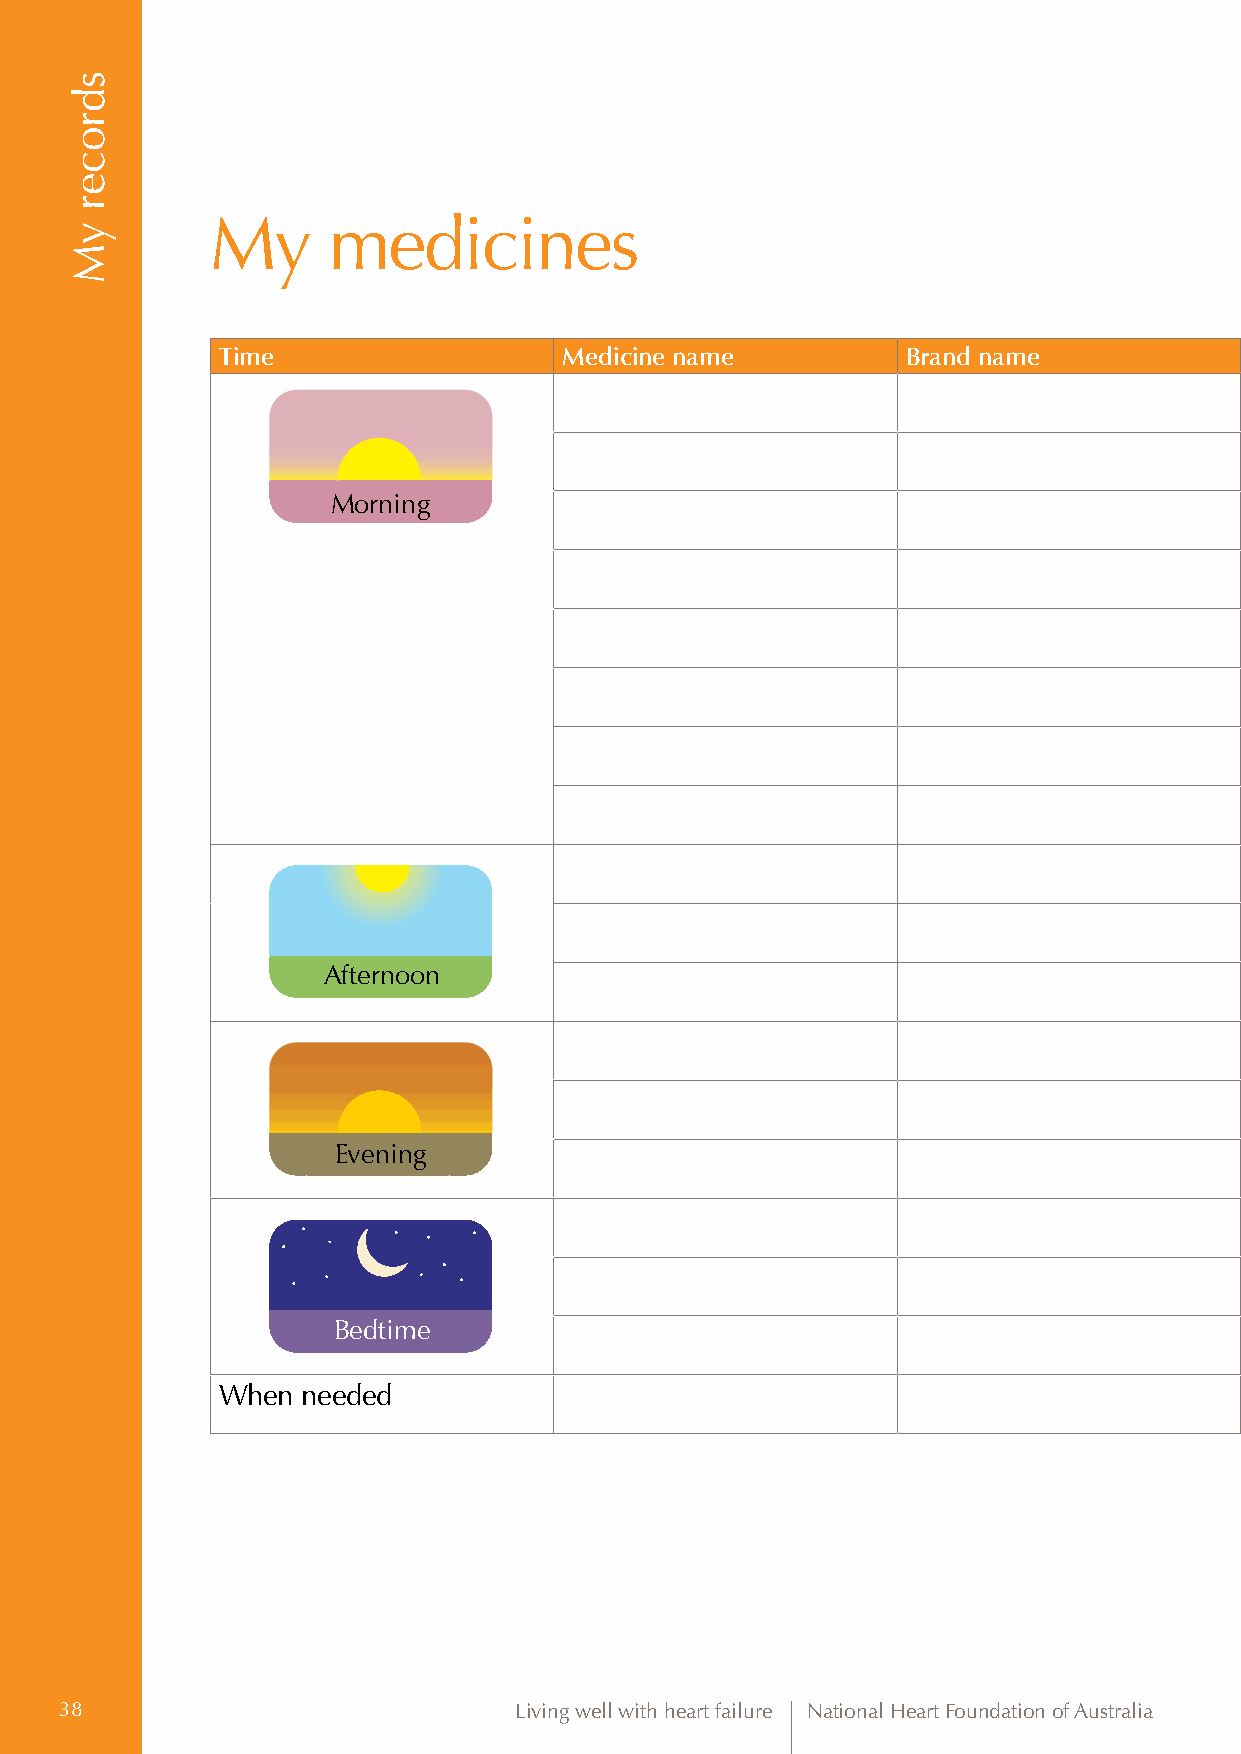
My      medicines
 Time                   Medicine name          Brand name             Strength              How do I take it?      What is it for?
 Morning
 Afternoon
 Evening
 Bedtime
 When  needed
 38                            Living well with heart failure National Heart Foundation of Australia
 sdrocer
 yM